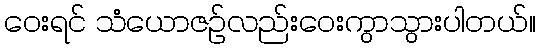
ဝေးရင် သံယောဇဉ်လည်းဝေးကွာသွားပါတယ်။